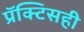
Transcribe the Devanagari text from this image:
प्रॅक्टिसही